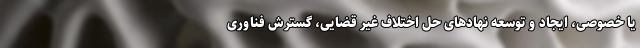
یا خصوصی، ایجاد و توسعه نهادهای حل اختلاف غیر قضایی، گسترش فناوری